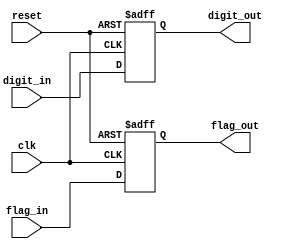

module digit_reg (
    reset,
    clk,
    digit_in,
    digit_out,
    flag_in,
    flag_out
    ) ;
 
/*
 *
 *  @(#) digit_reg.v 15.1@(#)
 *  4/1/23  09:09:52
 *
 */

/*
 *
 * ASCII Digit Register
 *
 *          Zagazig University.
 *          
 */

input
    reset,                // system reset
    clk ;                 // write strobe

input [7:0]
    digit_in ;                  // data input

output [7:0]
    digit_out ;                 // data output

input
    flag_in ;             // data change flag input

output
    flag_out ;            // data change flag output

reg
    flag_out ;

reg [7:0]
    digit_out ;

always @(posedge clk or posedge reset)
    if (reset)
        begin
        digit_out <= 8'hff ;
        flag_out <= 1 ;
        end
    else
        begin
        digit_out <= digit_in ;
        flag_out <= flag_in ;
        end
        
endmodule // digit_reg